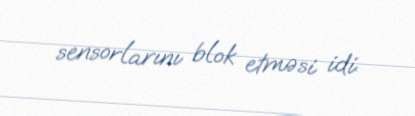
sensorlarını blok etməsi idi.